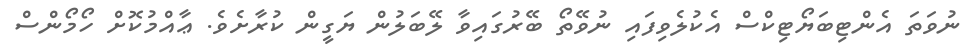
ނުވަތަ އެންޓިބަޔޯޓިކްސް އެކުލެވިފައި ނުވޭތޯ ބޭރުގައިވާ ލޭބަލުން ޔަގީން ކުރާށެވެ. ޢާއްމުކޮށް ހޯމޯންސް